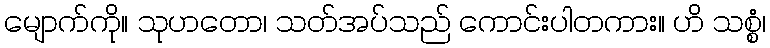
မျောက်ကို။ သုဟတော၊ သတ်အပ်သည် ကောင်းပါတကား။ ဟိ သစ္စံ၊